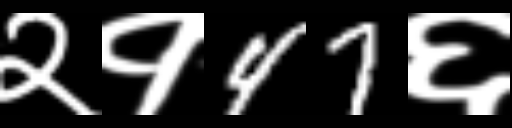
Text: २१47६